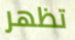
تظهر